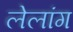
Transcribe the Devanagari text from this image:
लेलांग